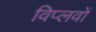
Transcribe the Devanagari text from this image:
विप्लवों